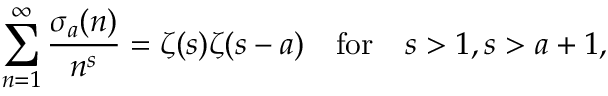
\sum _ { n = 1 } ^ { \infty } { \frac { \sigma _ { a } ( n ) } { n ^ { s } } } = \zeta ( s ) \zeta ( s - a ) \quad { \mathrm { f o r } } \quad s > 1 , s > a + 1 ,